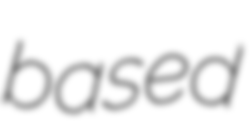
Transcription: based